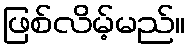
ဖြစ်လိမ့်မည်။